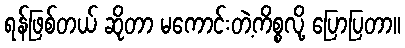
ရန်ဖြစ်တယ် ဆိုတာ မကောင်းတဲ့ကိစ္စလို့ ပြောပြတာ။